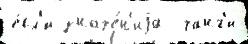
е́сл'и значе́н'иjа  чанг'и